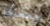
بالمعرفة